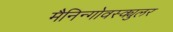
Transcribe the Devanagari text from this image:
मैनिन्गोवस्क्युलर